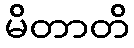
မိတာတိ